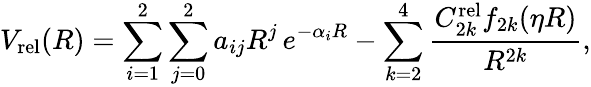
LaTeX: V_{\mathrm{rel}}(R)=\sum_{i=1}^{2}\sum_{j=0}^{2}a_{ij}R^{j}\, e^{-\alpha_{i}R}-\sum_{k=2}^{4}\frac{C_{2k}^{\mathrm{rel}}f_{2k}(\eta R)}{R^{2k}},